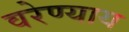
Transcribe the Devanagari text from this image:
वरेण्याय